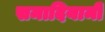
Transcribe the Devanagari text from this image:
समादियामी